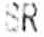
SR